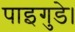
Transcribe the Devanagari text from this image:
पाइगुडे।